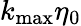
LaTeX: {{k}_{\operatorname*{max}}}{{\eta}_{0}}